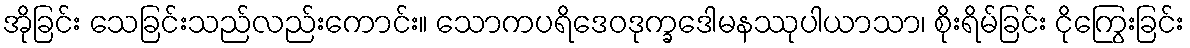
အိုခြင်း သေခြင်းသည်လည်းကောင်း။ သောကပရိဒေဝဒုက္ခဒေါမနဿုပါယာသာ၊ စိုးရိမ်ခြင်း ငိုကြွေးခြင်း